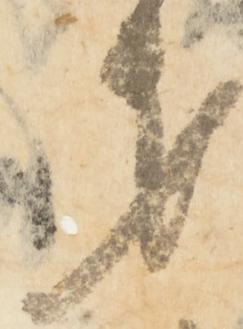
第